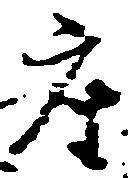
座